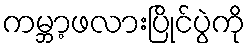
ကမ္ဘာ့ဖလားပြိုင်ပွဲကို